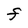
Character: F